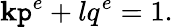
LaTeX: \mathbf{k}\mathtt{p}^{e}+lq^{e}=1.